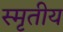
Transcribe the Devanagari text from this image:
स्मृतीय